system: You are a helpful assistant.
user:
Analyze the provided spectrum to determine if it is a **White Dwarf (WD)**.

A White Dwarf spectrum is defined by its **extreme purity** (due to gravitational settling) and/or **extreme pressure broadening** (due to high surface gravity). You must check for one of the following mutually exclusive signatures:

- **Key Visual Indicators (Check for ONE of these types):**

    - **1. DA-Type Signature (Most Common):**
        - **(Primary Feature):** Extreme pressure broadening (Stark broadening) of the **Hydrogen (H) Balmer lines**.
        - **(Key Lines):** $H\beta$ (approx. $4861$ Å) and $H\gamma$ (approx. $4340$ Å). $H\alpha$ (approx. $6563$ Å) will also be present if the wavelength range covers it.
        - **(Line Profile):** This is the **defining feature**. The lines are **NOT** sharp. They appear as massive, **extremely broad and deep "troughs" or "dips"** in the spectrum, often hundreds of Ångströms wide. The continuum will appear to "scoop" down at these wavelengths.
        - **(Distinction):** Normal A-type or B-type stars have *narrow* and *sharp* Hydrogen lines. A DA White Dwarf's lines are unmistakably "smeared" or "blurry" from pressure.

    - **2. DB-Type Signature:**
        - **(Primary Feature):** Broad absorption lines from **Neutral Helium (He I)**. The spectrum must lack any visible Hydrogen lines.
        - **(Key Lines):** Look for broad absorption near $4471$ Å, $4921$ Å, and $5876$ Å.
        - **(Line Profile):** These lines are also significantly pressure-broadened, appearing much wider than they would in a normal B-type main-sequence star.

    - **3. DC-Type Signature:**
        - **(Primary Feature):** A **featureless continuous spectrum**.
        - **(Line Profile):** The spectrum is a smooth curve with **no significant absorption or emission lines**.
        - **(Key Confirmation):** The continuum is almost always **blue or white**, indicating a hot object. This signature implies the atmosphere is so pure (or so cool) that no spectral lines are visible in the optical range. Its WD identity is confirmed by its extremely low intrinsic brightness (high absolute magnitude).

    - **4. DZ-Type Signature (Metal-Polluted):**
        - **(Primary Feature):** **Isolated, narrow metal absorption lines** on an otherwise featureless (DC-like) continuum.
        - **(Key Lines):** The **Calcium (Ca II) H & K doublet** (approx. **$3934$ Å** and **$3968$ Å**) is the most common and defining feature.
        - **(Line Profile):** These lines are "out of place." They are *not* part of a "forest" of thousands of lines. This signature is evidence of recent *accretion* (pollution) from rocky debris.
        - **(Distinction):** Normal G/K/M stars have a *dense forest* of thousands of metal lines. A DZ has a *clean* continuum with *only a few* strong metal lines.

    - **5. DQ-Type Signature (Carbon-Polluted):**
        - **(Primary Feature):** Absorption bands from **Carbon (C₂ "Swan Bands" or atomic C I)**.
        - **(Key Lines - C₂):** Look for bandheads with a "saw-tooth" shape near $5635$ Å, **$5165$ Å** (strongest), and $4737$ Å.
        - **(Key Confirmation):** The underlying **continuum must be blue or white** (hot).
        - **(Distinction):** This is the critical difference from a **Carbon Star**, which has the *exact same* C₂ bands but on an extremely **red, cool** continuum.

- **(Overall Spectrum):**
    - The continuum (overall shape) is typically **blue-sloping** (brighter in the blue than the red), as most white dwarfs are very hot.
    - The spectrum will look "pure" or "simple," dominated by only *one* of the five signatures listed above.

Think first, call **spectral_visualization_tool** if needed to examine features in detail, then provide your final answer. Your response must adhere to the following strict rules:
1.  **Overall Structure:** Your response must follow the format `<think>...</think> <tool_call>...</tool_call> (if a tool is used) <answer>...</answer>`.
2.  **Tool Usage Constraint:** You may only make **one** tool call per turn.
3.  **Final Answer Format:** In the `<answer>` tag, your conclusion must be inside a `\boxed{}` command (e.g., `\boxed{YES}` or `\boxed{NO}`), followed by your justification.

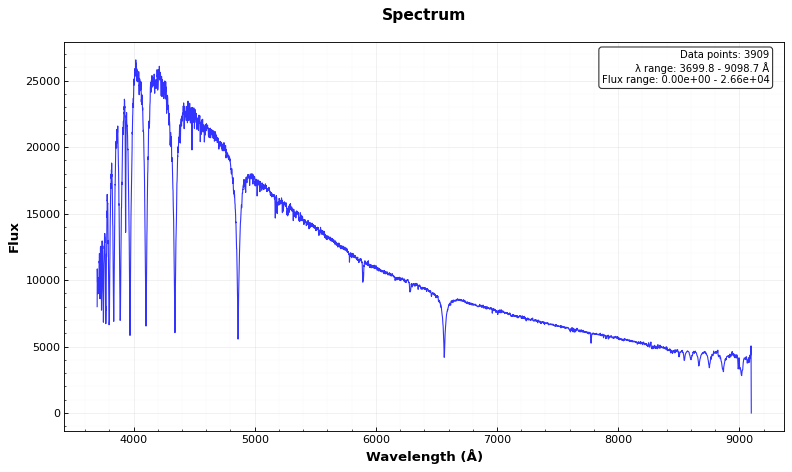
Answer: NO